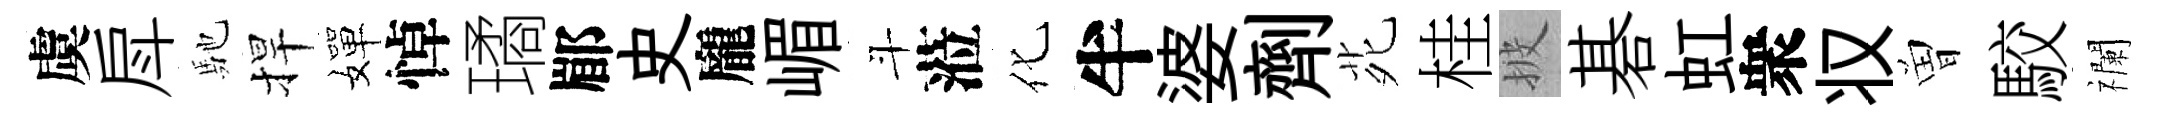
虞戽馳捍嬋悼璚郿史龐嵋斗蒞化半婆劑𫟍桂披碁虹衆𠬧曽駮襴